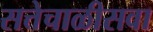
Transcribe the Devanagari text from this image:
सत्तेचाळीसवा